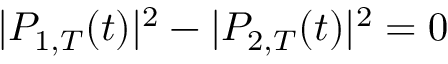
| P _ { 1 , T } ( t ) | ^ { 2 } - | P _ { 2 , T } ( t ) | ^ { 2 } = 0